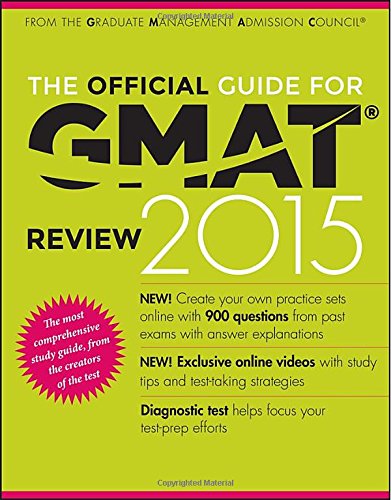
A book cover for The Official Guide for GMAT Review 2015 with Online Question Bank and Exclusive Video; GMAC (Graduate Management Admission Council); Test Preparation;